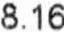
8.16